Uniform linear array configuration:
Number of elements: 24
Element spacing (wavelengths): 1
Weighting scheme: blackman
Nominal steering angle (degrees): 15
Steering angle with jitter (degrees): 16.151
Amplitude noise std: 0.05
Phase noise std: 0.05

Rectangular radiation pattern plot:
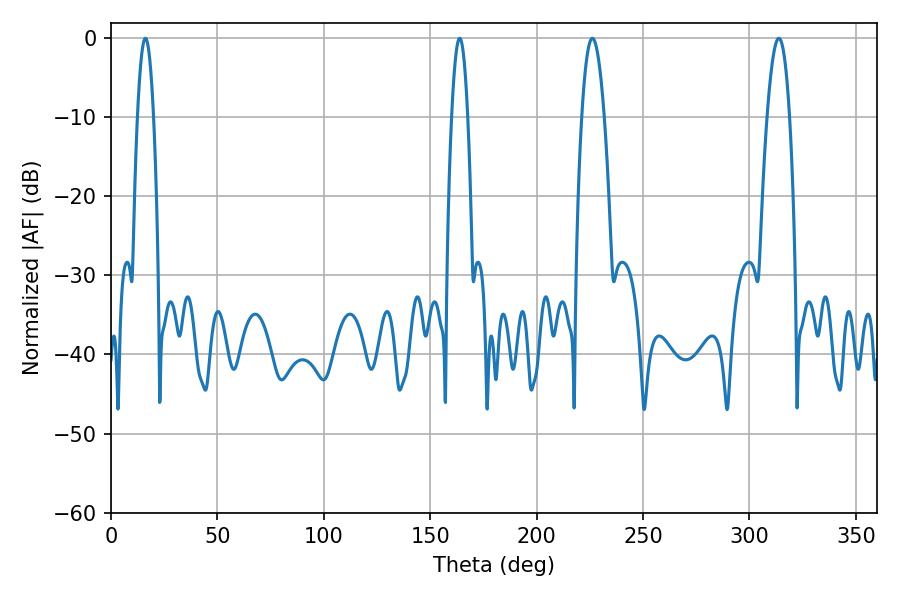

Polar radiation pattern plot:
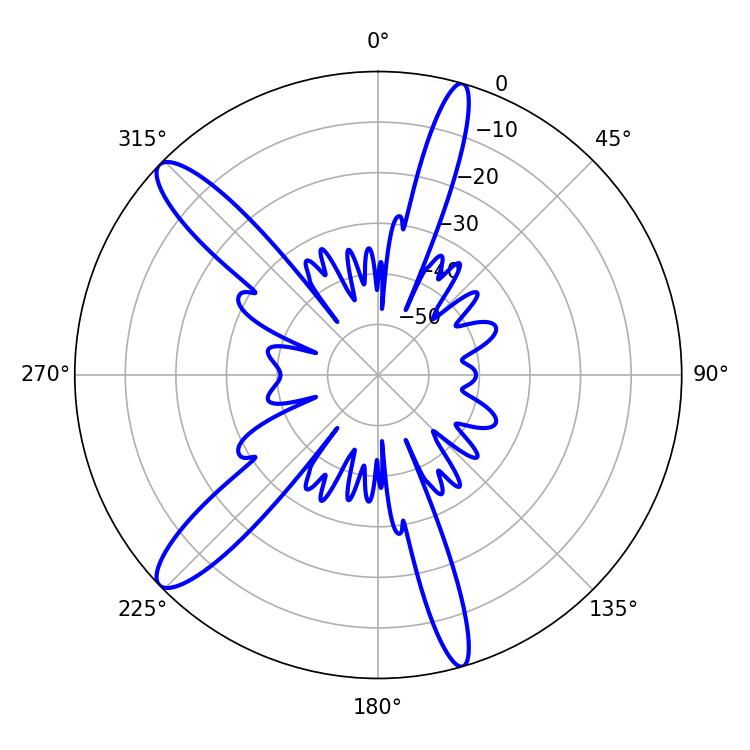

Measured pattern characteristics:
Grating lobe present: TRUE
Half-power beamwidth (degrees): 4.14
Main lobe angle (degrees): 16.2